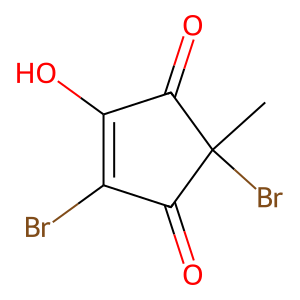
SMILES: CC1(Br)C(=O)C(O)=C(Br)C1=O
Inhibits HIV replication: No